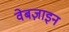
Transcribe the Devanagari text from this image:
वेबज़ाइन